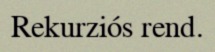
Rekurziós rend.